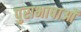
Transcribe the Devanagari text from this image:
पुराभाषाओं